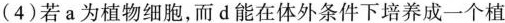
(4)若a为植物细胞，而d能在体外条件下培养成一个植